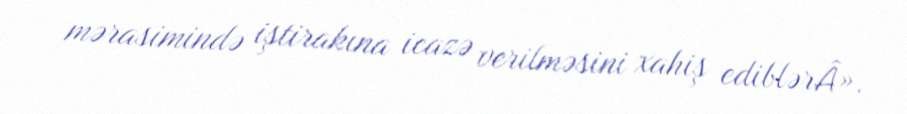
mərasimində iştirakına icazə verilməsini xahiş ediblərÂ».